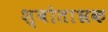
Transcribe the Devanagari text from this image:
श्वोताभ्रक